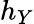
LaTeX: h_{Y}